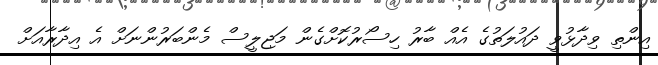
އިންތި ވިދާޅުވީ ދައުލަތުގެ އެއް ބާރު ހިސޯރުކޮށްގެން މަޖިލީސް މެންބަރުންނަށް އެ އިދާރާއަށް